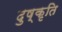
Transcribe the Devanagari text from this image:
दुष्कृति